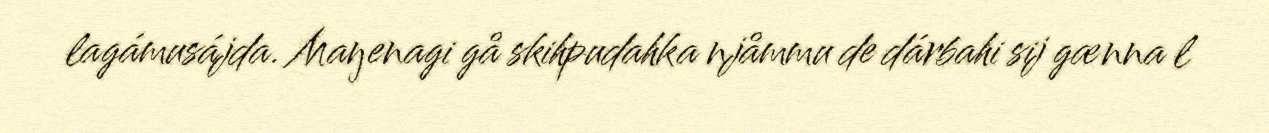
lagámusájda. Maŋenagi gå skihpudahka njåmmu de dárbahi sij gænna l